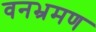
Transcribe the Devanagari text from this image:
वनभ्रमण